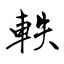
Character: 軼